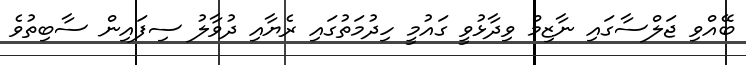
ބޭއްވި ޖަލްސާގައި ނާޒިމް ވިދާޅުވީ ގައުމީ ހިދުމަތުގައި ރެޔާއި ދުވާލު ސިފައިން ސާބިތުވެ